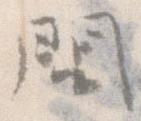
問